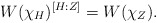
\begin{align*} W(\chi_H)^{[H:Z]}=W(\chi_Z). \end{align*}